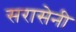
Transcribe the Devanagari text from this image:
सरासेनी